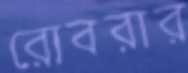
রোবরার